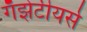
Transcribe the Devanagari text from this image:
गॅझेटीयर्स